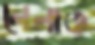
লেলাত